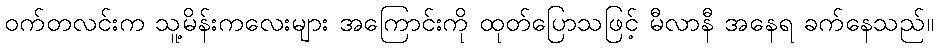
ဝက်တလင်းက သူ့မိန်းကလေးများ အကြောင်းကို ထုတ်ပြောသဖြင့် မီလာနီ အနေရ ခက်နေသည်။